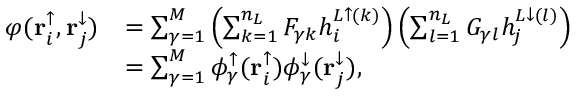
\begin{array} { r l } { \varphi ( \mathbf { r } _ { i } ^ { \uparrow } , \mathbf { r } _ { j } ^ { \downarrow } ) } & { = \sum _ { \gamma = 1 } ^ { M } \left( \sum _ { k = 1 } ^ { n _ { L } } F _ { \gamma k } h _ { i } ^ { L \uparrow ( k ) } \right) \left( \sum _ { l = 1 } ^ { n _ { L } } G _ { \gamma l } h _ { j } ^ { L \downarrow ( l ) } \right) } \\ & { = \sum _ { \gamma = 1 } ^ { M } \phi _ { \gamma } ^ { \uparrow } ( \mathbf { r } _ { i } ^ { \uparrow } ) \phi _ { \gamma } ^ { \downarrow } ( \mathbf { r } _ { j } ^ { \downarrow } ) , } \end{array}